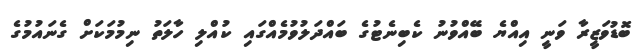
ބޮޑުވަޒީރާ ވަނީ އިއްޔެ ބޭއްވުނު ކެބިނެޓުގެ ބައްދަލުވުމެއްގައި ކުއްލި ހާލަތު ނިމުމަކަށް ގެނައުމުގެ